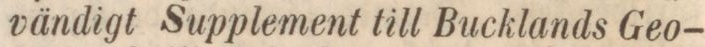
vändigt Supplement till Bucklands Geo-